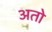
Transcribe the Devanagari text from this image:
अतो